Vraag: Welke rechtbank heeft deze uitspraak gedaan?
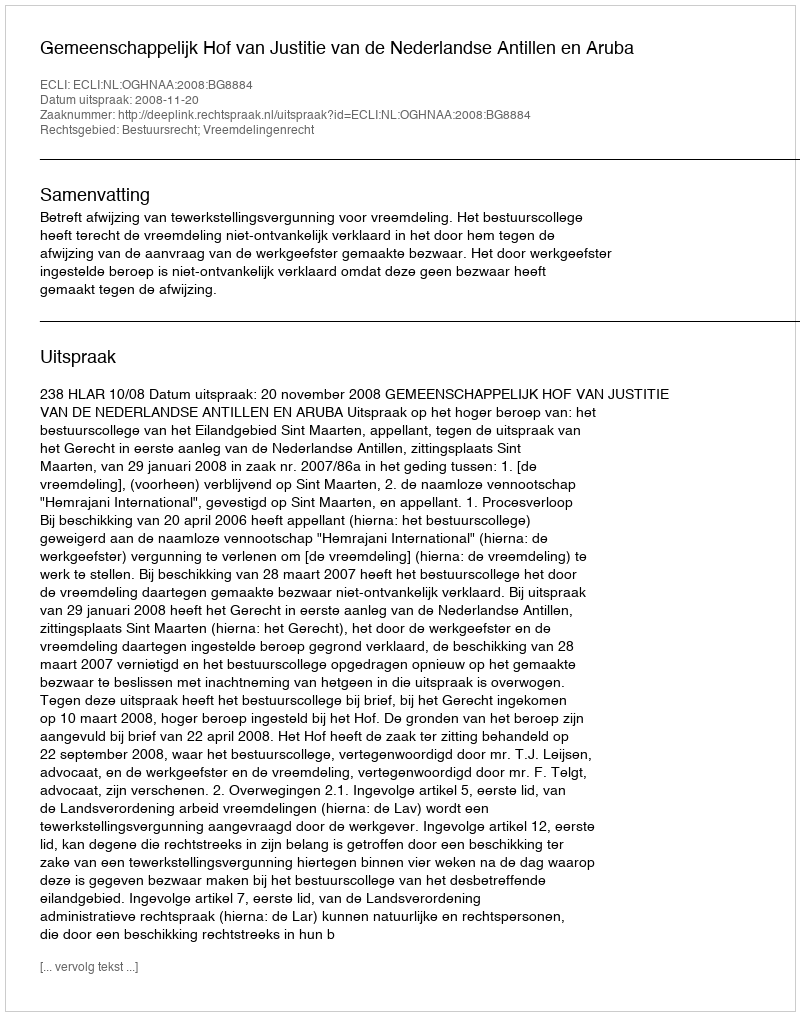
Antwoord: Gemeenschappelijk Hof van Justitie van de Nederlandse Antillen en Aruba